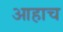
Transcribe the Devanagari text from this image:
आहाच